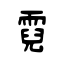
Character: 霓